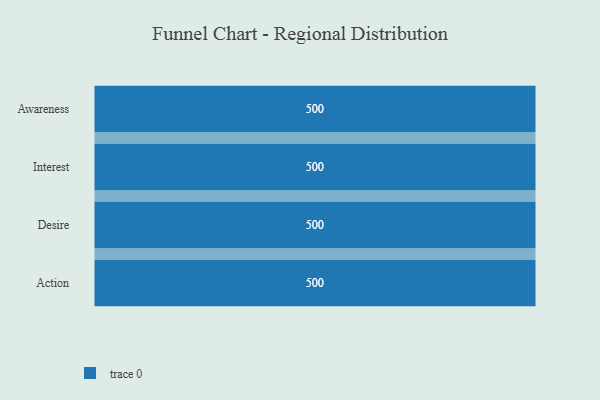
{"axis": {"x": "Stage", "y": "Value"}, "legend": [""], "data": [{"x": "Awareness", "y": 500, "type": ""}, {"x": "Interest", "y": 500, "type": ""}, {"x": "Desire", "y": 500, "type": ""}, {"x": "Action", "y": 500, "type": ""}]}